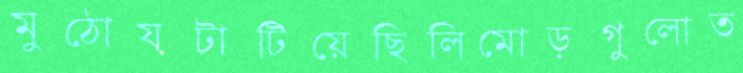
মুঠোয়টাটিয়েছিলিমোড়গুলোত